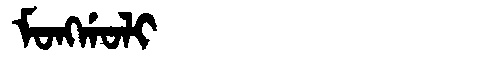
Manchu: ᠮᠣᠩᡤᠣᠯᡳ
Romanization: MONGGOLI